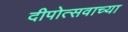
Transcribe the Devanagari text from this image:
दीपोत्सवाच्या